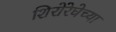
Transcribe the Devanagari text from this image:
शिरोरेघेच्या